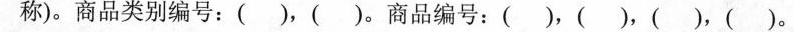
称)。商品类别编号：( )，( )。商品编号：( )，( )，( )，( )。